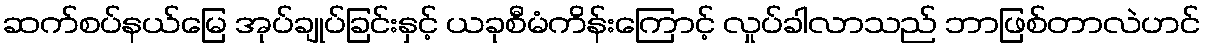
ဆက်စပ်နယ်မြေ အုပ်ချုပ်ခြင်းနှင့် ယခုစီမံကိန်းကြောင့် လှုပ်ခါလာသည် ဘာဖြစ်တာလဲဟင်